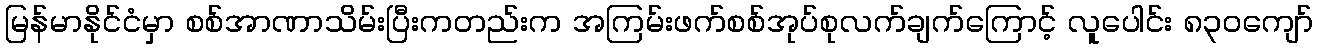
မြန်မာနိုင်ငံမှာ စစ်အာဏာသိမ်းပြီးကတည်းက အကြမ်းဖက်စစ်အုပ်စုလက်ချက်ကြောင့် လူပေါင်း ၈၃၀ကျော်